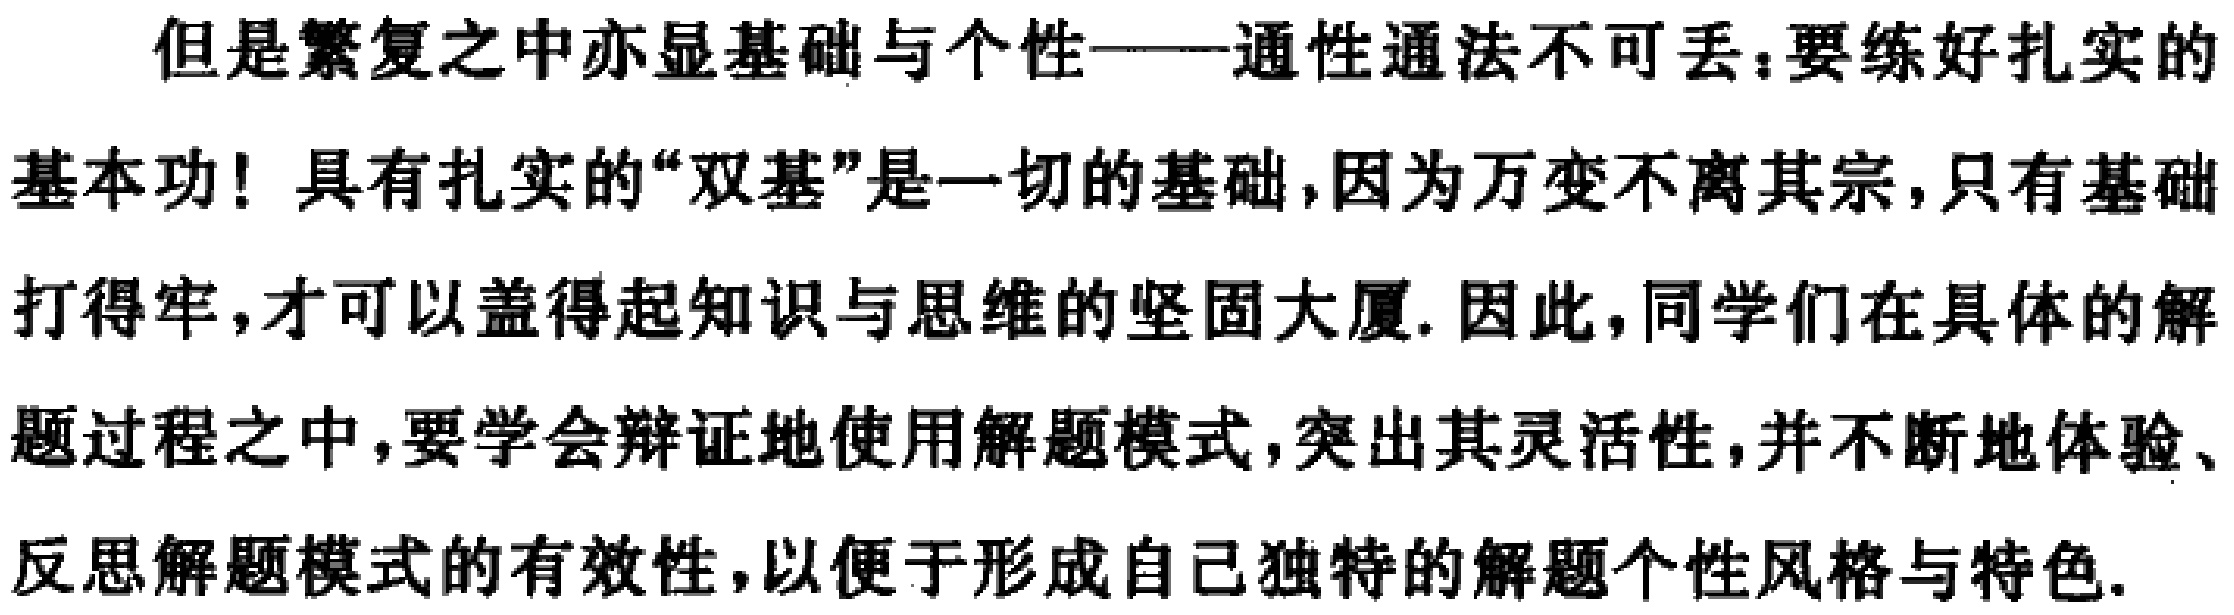
但是繁复之中亦显基础与个性——通性通法不可丢：要练好扎实的
基本功！具有扎实的“双基”是一切的基础，因为万变不离其宗，只有基础
打得牢，才可以盖得起知识与思维的坚固大厦. 因此，同学们在具体的解
题过程之中，要学会辩证地使用解题模式，突出其灵活性，并不断地体验、
反思解题模式的有效性，以便于形成自己独特的解题个性风格与特色.